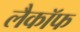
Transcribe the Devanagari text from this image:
लैकॉफ